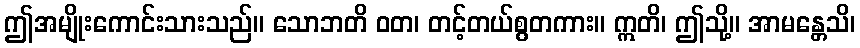
ဤအမျိုးကောင်းသားသည်။ သောဘတိ ဝတ၊ တင့်တယ်စွတကား။ ဣတိ၊ ဤသို့။ အာမန္တေသိ၊